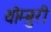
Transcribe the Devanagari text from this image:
थोम्बुरी